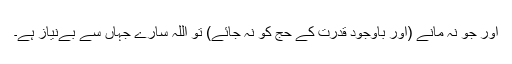
اور جو نہ مانے (اور باوجود قدرت کے حج کو نہ جائے) تو اللہ سارے جہاں سے بےنیاز ہے۔